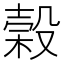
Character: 榖